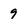
Character: 9